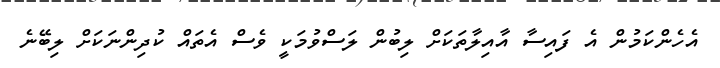
އެހެންކަމުން އެ ފައިސާ އާއިލާތަކަށް ލިބުން ލަސްވުމަކީ ވެސް އެތައް ކުދިންނަކަށް ލިބޭނެ